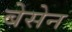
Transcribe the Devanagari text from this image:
बेसेन